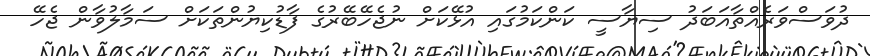
ދުވަސްވަރެއްތާއަބަދު ސިޔާސީ ކަންކަމުގައި އުޅޭކަށް ނުޖެހޭބޭރުގެ ފާޑުކިޔުންތަކަށް ސަމާލުވާން ޖެހޭ